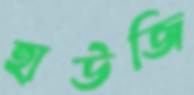
হাউজি